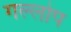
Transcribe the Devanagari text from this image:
गल्लोप